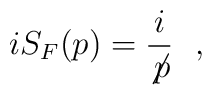
iS_F(p)=\frac{i}{\not{\hspace{-0.5mm}p}} \ \ ,